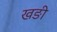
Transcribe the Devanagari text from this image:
खङी